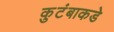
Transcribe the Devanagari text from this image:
कुटंबाकडे